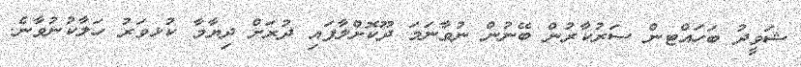
ޝަވީދު ބަހައްޓން ސަރުކާރުން ބޭނުން ނުވާނަމަ ދޫކޮށްލާފައި ދުރަށް ދިޔާމާ ކުޅވަރު ހަލާކުނުވާނެ.